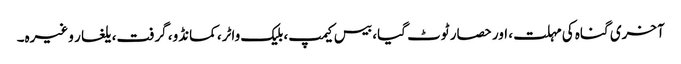
آخری گناہ کی مہلت، اور حصار ٹوٹ گیا، بیس کیمپ، بلیک واٹر، کمانڈو، گرفت، یلغار وغیرہ۔